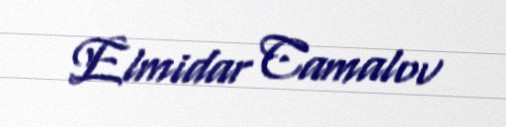
Elmidar Camalov